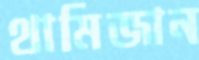
থামিজান